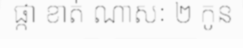
ផ្កា ខាត់ ណាសៈ ២ កូន